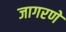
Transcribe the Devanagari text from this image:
जागरणे